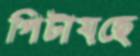
পিটায়ছে